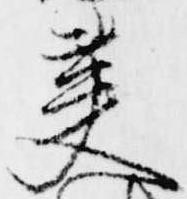
英